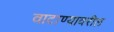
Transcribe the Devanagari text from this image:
वाटाण्यावरील